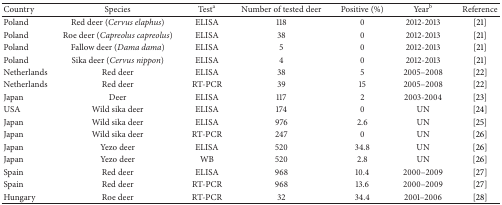
| Country | Species | Testa | Number of tested deer | Positive (%) | Yearb | Reference |
 | --- | --- | --- | --- | --- | --- | --- |
 | Poland | Red deer (Cervus elaphus) | ELISA | 118 | 0 | 2012-2013 | [21] |
 | Poland | Roe deer (Capreolus capreolus) | ELISA | 38 | 0 | 2012-2013 | [21] |
 | Poland | Fallow deer (Dama dama) | ELISA | 5 | 0 | 2012-2013 | [21] |
 | Poland | Sika deer (Cervus nippon) | ELISA | 4 | 0 | 2012-2013 | [21] |
 | Netherlands | Red deer | ELISA | 38 | 5 | 2005–2008 | [22] |
 | Netherlands | Red deer | RT-PCR | 39 | 15 | 2005–2008 | [22] |
 | Japan | Deer | ELISA | 117 | 2 | 2003-2004 | [23] |
 | USA | Wild sika deer | ELISA | 174 | 0 | UN | [24] |
 | Japan | Wild sika deer | ELISA | 976 | 2.6 | UN | [25] |
 | Japan | Wild sika deer | RT-PCR | 247 | 0 | UN | [26] |
 | Japan | Yezo deer | ELISA | 520 | 34.8 | UN | [26] |
 | Japan | Yezo deer | WB | 520 | 2.8 | UN | [26] |
 | Spain | Red deer | ELISA | 968 | 10.4 | 2000–2009 | [27] |
 | Spain | Red deer | RT-PCR | 968 | 13.6 | 2000–2009 | [27] |
 | Hungary | Roe deer | RT-PCR | 32 | 34.4 | 2001–2006 | [28] |